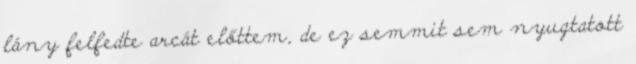
lány felfedte arcát előttem, de ez semmit sem nyugtatott